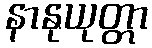
နာနုယုတ္တာ